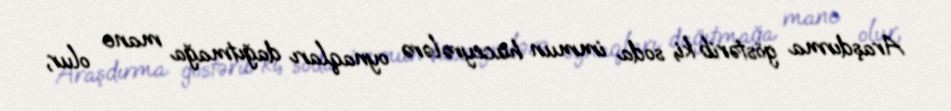
Araşdırma göstərib ki, soda immun hüceyrələrə oynaqları dağıtmağa mane olur,